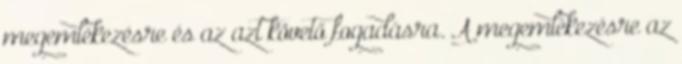
megemlékezésre és az azt követő fogadásra. A megemlékezésre az